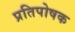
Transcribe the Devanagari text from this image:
प्रतिपोषक